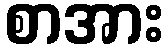
စာအား